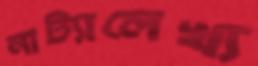
নাট্যালেখ্য